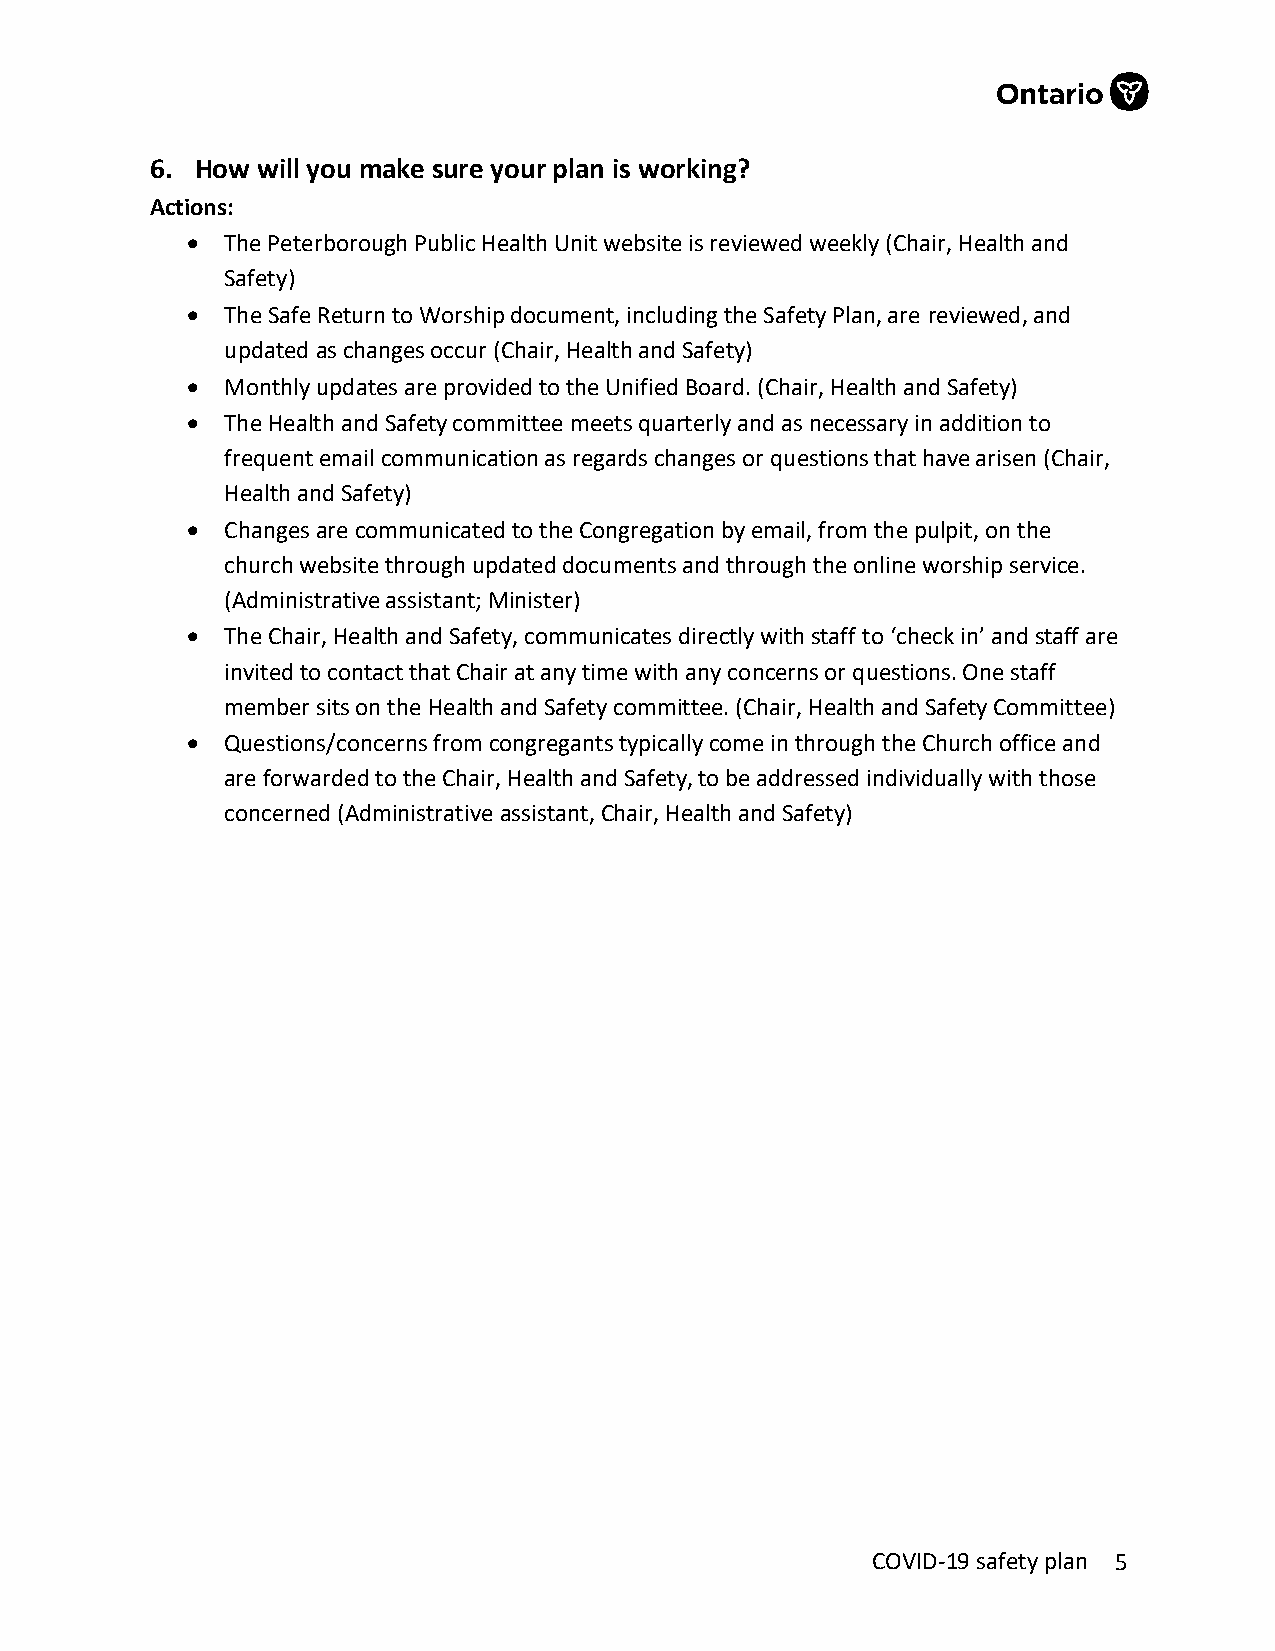
6. How will you make sure your plan is working?
 Actions:
 •  The Peterborough Public Health Unit website is reviewed weekly (Chair, Health and
 Safety)
 •  The Safe Return to Worship document, including the Safety Plan, are reviewed, and
 updated as changes occur (Chair, Health and Safety)
 •  Monthly updates are provided to the Unified Board. (Chair, Health and Safety)
 •  The Health and Safety committee meets quarterly and as necessary in addition to
 frequent email communication as regards changes or questions that have arisen (Chair,
 Health and Safety)
 •  Changes are communicated to the Congregation by email, from the pulpit, on the
 church website through updated documents and through the online worship service.
 (Administrative assistant; Minister)
 •  The Chair, Health and Safety, communicates directly with staff to ‘check in’ and staff are
 invited to contact that Chair at any time with any concerns or questions. One staff
 member sits on the Health and Safety committee. (Chair, Health and Safety Committee)
 •  Questions/concerns from congregants typically come in through the Church office and
 are forwarded to the Chair, Health and Safety, to be addressed individually with those
 concerned (Administrative assistant, Chair, Health and Safety)
 COVID-19 safety plan 5